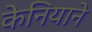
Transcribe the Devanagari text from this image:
केनियाने